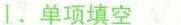
I.单项填空